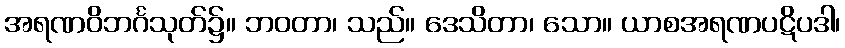
အရဏဝိဘင်္ဂသုတ်၌။ ဘဝတာ၊ သည်။ ဒေသိတာ၊ သော။ ယာစအရဏပဋိပဒါ၊